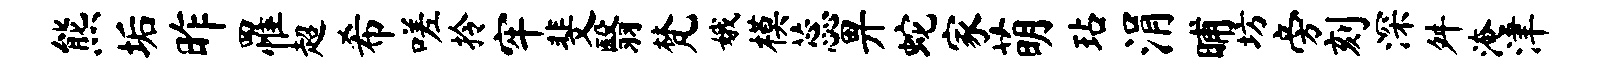
熊垢昨罹超希嗟拎牢斐翳梵娥模蕊畀蛇家萌玷涓晡坊旁刻深舛淹津